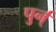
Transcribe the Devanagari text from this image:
पुर्न्